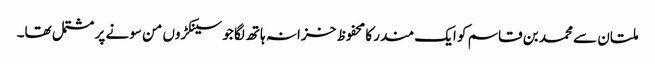
ملتان سے محمد بن قاسم کو ایک مندر کا محفوظ خزانہ ہاتھ لگا جو سینکڑوں من سونے پر مشتمل تھا۔